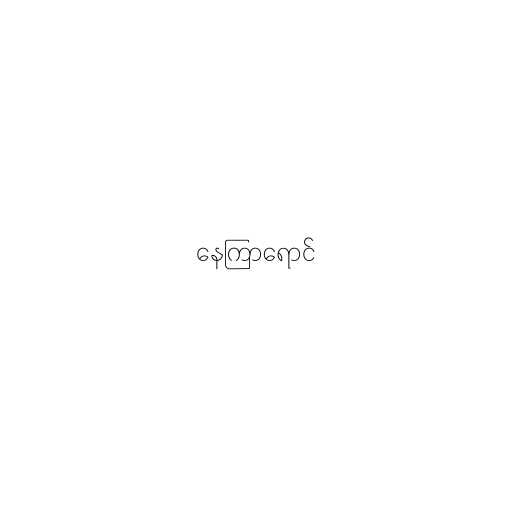
နေကြာရောင်